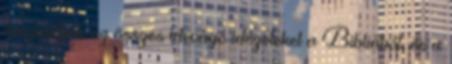
összevetjük az összes idevágó idézeteket a Bibliából, és a